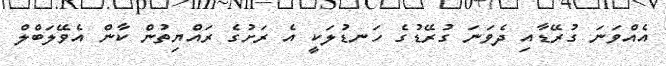
އެއްވަނަ ގުރޭޑާއި ދެވަނަ ގުރޭޑުގެ ހަނޑުލަކީ އެ ރަށުގެ ރައްޔިތުން ކާން އެވޭލަބްލް